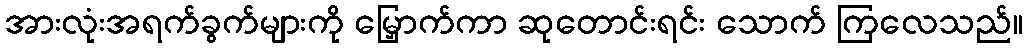
အားလုံးအရက်ခွက်များကို မြှောက်ကာ ဆုတောင်းရင်း သောက် ကြလေသည်။